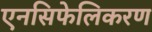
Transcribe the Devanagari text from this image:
एनसिफेलिकरण